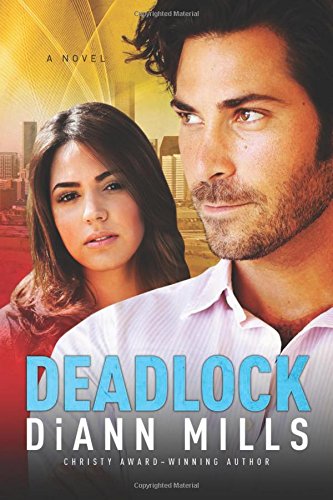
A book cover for Deadlock (FBI: Houston); DiAnn Mills; Romance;